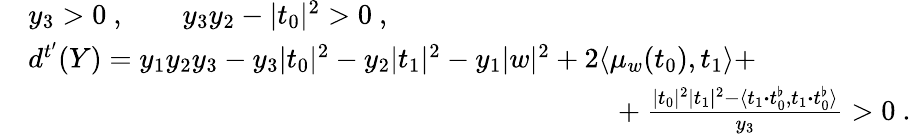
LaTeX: \begin{array}{rl}&{y_{3}>0\ ,\qquad y_{3}y_{2}-|t_{0}|^{2}>0\ ,}\\ &{d^{t^{\prime}}(Y)=y_{1}y_{2}y_{3}-y_{3}|t_{0}|^{2}-y_{2}|t_{1}|^{2}-y_{1}|w|^{2}+2\langle\mu_{w}(t_{0}),t_{1}\rangle+}\\ &{\phantom{aaaaaaaaaaaaaaaaaaaaaaaaaaaaaaaaaaaaaaa}+\frac{|t_{0}|^{2}|t_{1}|^{2}-\langle t_{1}{\boldsymbol{\cdot}}t_{0}^{\flat},t_{1}{\boldsymbol{\cdot}}t_{0}^{\flat}\rangle}{y_{3}}>0\ .}\end{array}